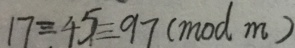
1 7 \equiv 4 5 \equiv 9 7 ( m o d m )